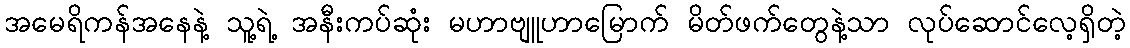
အမေရိကန်အနေနဲ့ သူ့ရဲ့ အနီးကပ်ဆုံး မဟာဗျူဟာမြောက် မိတ်ဖက်တွေနဲ့သာ လုပ်ဆောင်လေ့ရှိတဲ့